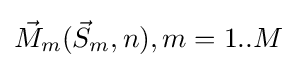
{\vec {M}}_{m}({\vec {S}}_{m},n),m=1..M